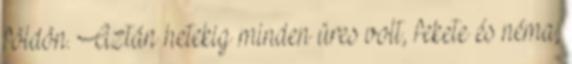
földön. Aztán hetekig minden üres volt, fekete és néma,